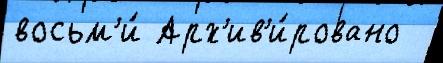
восьм'и́ Арх'ив'и́ровано